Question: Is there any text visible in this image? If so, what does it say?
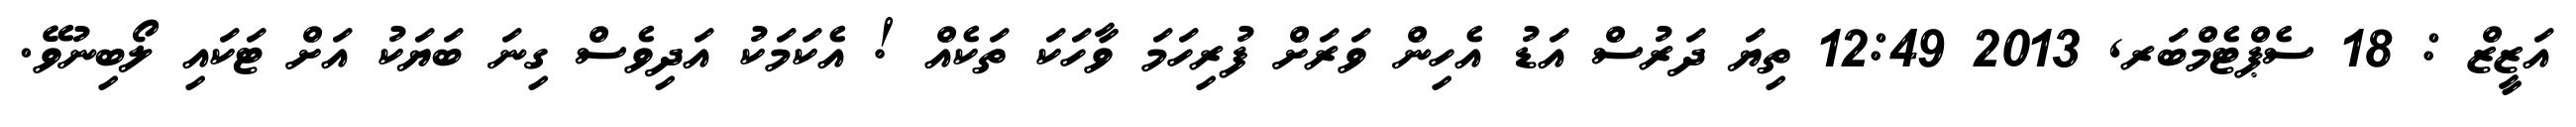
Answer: އަޒީޒް : 18 ސެޕްޓެމްބަރ, 2013 12:49 ތިޔަ ދަރުސް އަޑު އެހިން ވަރަށް ފުރިހަމަ ވާހަކަ ތަކެއް ! އެކަމަކު އަދިވެސް ގިނަ ބަޔަކު އަށް ޓަކައި ލޯބިނުވޭ.